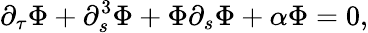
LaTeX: \partial_{\tau}\Phi+\partial_{s}^{3}\Phi+\Phi\partial_{s}\Phi+\alpha\Phi=0,